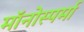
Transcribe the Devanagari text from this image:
मॉनोस्पर्मा